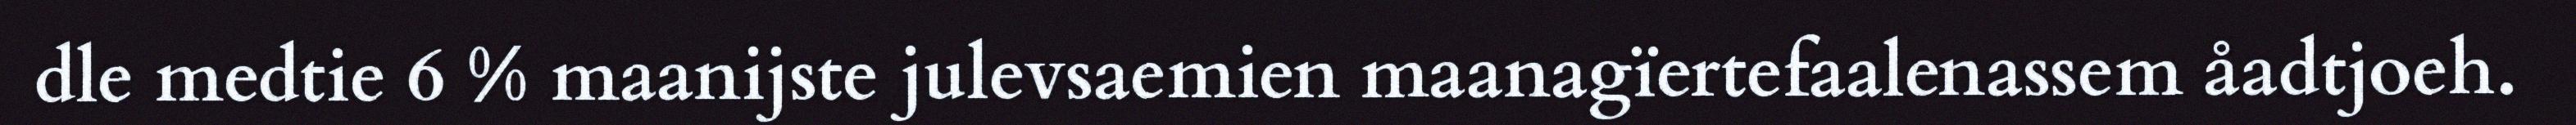
dle medtie 6 % maanijste julevsaemien maanagïertefaalenassem åadtjoeh.